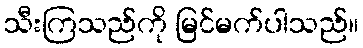
သီးကြသည်ကို မြင်မက်ပါသည်။